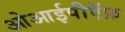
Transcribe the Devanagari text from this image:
ओआईपीऍफ़